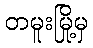
တမူးမြို့မှ